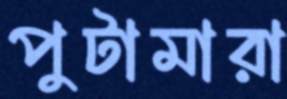
পুটামারা